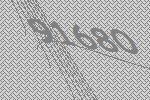
91680